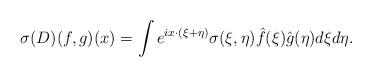
LaTeX: \begin{align*}\sigma(D) (f,g)(x) = \int e^{ix \cdot(\xi+\eta)} \sigma(\xi,\eta) \hat f(\xi) \hat g (\eta) d\xi d\eta.\end{align*}